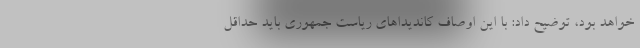
خواهد بود، توضیح داد: با این اوصاف کاندیداهای ریاست جمهوری باید حداقل